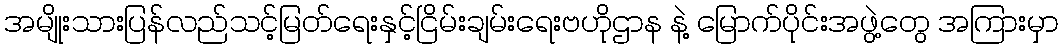
အမျိုးသားပြန်လည်သင့်မြတ်ရေးနှင့်ငြိမ်းချမ်းရေးဗဟိုဌာန နဲ့ မြောက်ပိုင်းအဖွဲ့တွေ အကြားမှာ